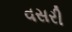
વસરી